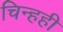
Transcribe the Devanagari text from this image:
चिन्हही